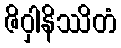
ဇိဝှါနိဿိတံ